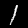
Digit: 1